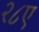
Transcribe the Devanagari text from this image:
२८ए